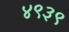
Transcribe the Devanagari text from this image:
४९३९